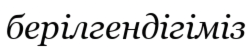
берілгендігіміз